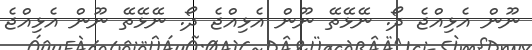
ނޫން އެޅިއްޖެ ދޯ. ނޭޅޭތޭ ނޫން އެޅިއްޖެ ދޯ. ނޭޅޭތޭ ނޫން އެޅިއްޖެ